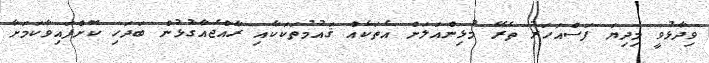
ވިދާޅުވީ މިދިޔަ ފަސްއަހަރު ތެރޭ މުޅިންއަލަށް އެތަކެއް ޤައުމުތަކަކާއި ރާއްޖެއާގުޅުން ބަދަހި ކޮށްފައިވާކަމަށާ